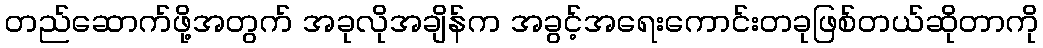
တည်ဆောက်ဖို့အတွက် အခုလိုအချိန်က အခွင့်အရေးကောင်းတခုဖြစ်တယ်ဆိုတာကို